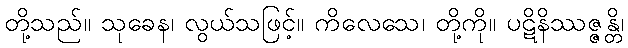
တို့သည်။ သုခေန၊ လွယ်သဖြင့်။ ကိလေသေ၊ တို့ကို။ ပဋိနိဿဇ္ဇန္တိ၊